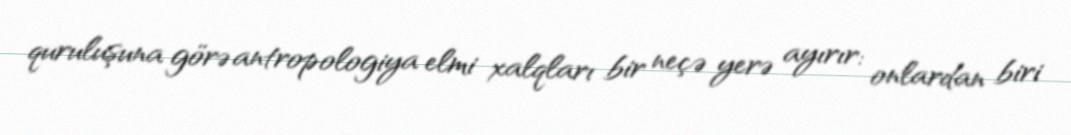
quruluşuna görə antropologiya elmi xalqları bir neçə yerə ayırır: onlardan biri